65_HS1-834228961_62-HQ-83894_Serial_220
Agency: FBI
Page 10
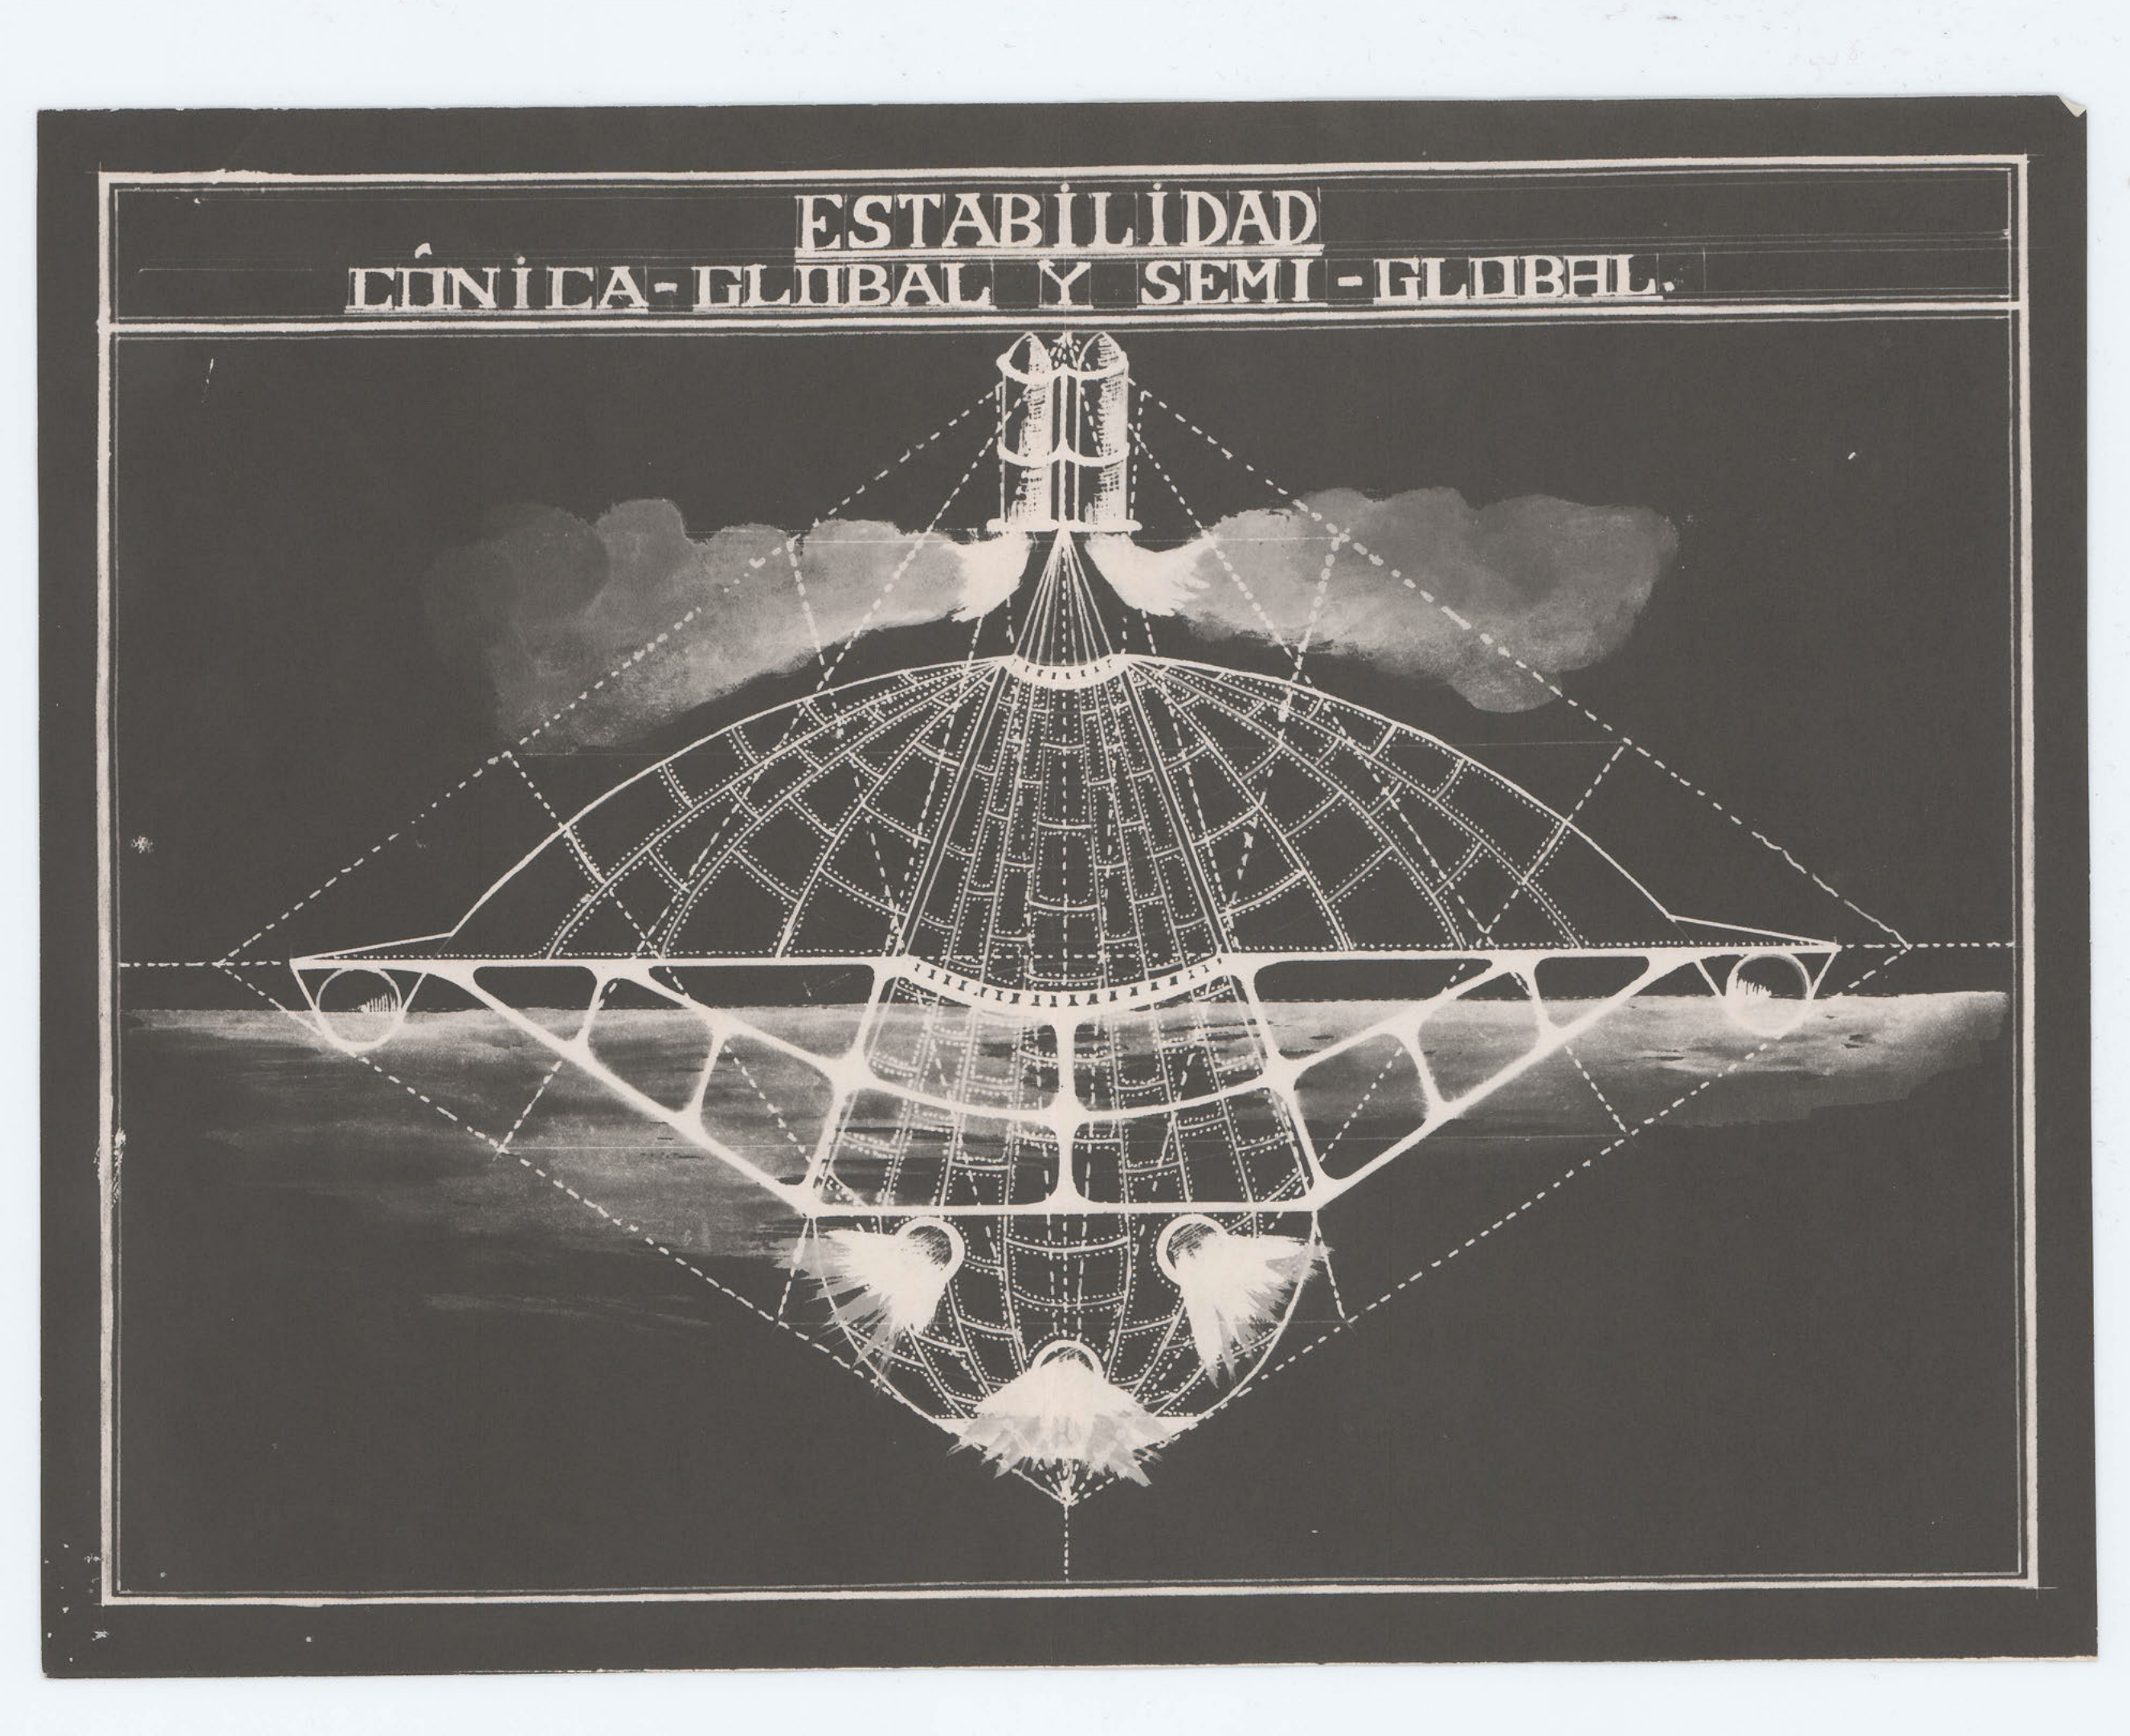